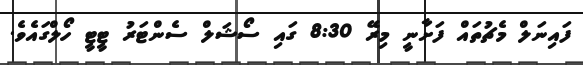
ފައިނަލް މެޗުތައް ފަށާނީ މިރޭ 8:30 ގައި ސޯޝަލް ސެންޓަރު ޓީޓީ ހޯލްގައެވެ.